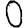
Digit: 0